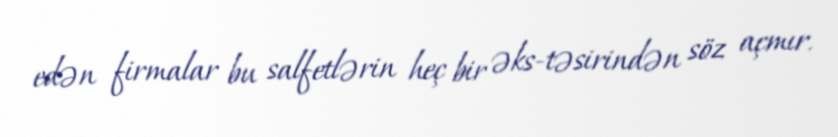
edən firmalar bu salfetlərin heç bir əks-təsirindən söz açmır.